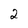
Character: 2